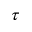
\tau